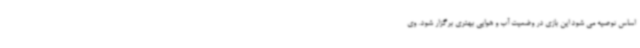
اساس توصیه می شود این بازی در وضعیت آب و هوایی بهتری برگزار شود. وی